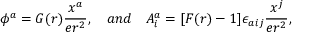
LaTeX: \phi ^ { a } = G ( r ) \frac { x ^ { a } } { e r ^ { 2 } } , \ \ \ a n d \ \ \ A _ { i } ^ { a } = [ F ( r ) - 1 ] \epsilon _ { a i j } \frac { x ^ { j } } { e r ^ { 2 } } ,